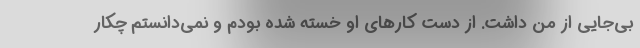
بی‌جایی از من داشت. از دست کارهای او خسته شده بودم و نمی‌دانستم چکار